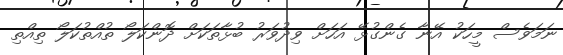
ނަމަވެސް މީހަކު އޭނާ ގެންގުޅޭ އަހަށް ވިދުވަރު ބުޅާތަކަށް ދޮންކަލޯ ތުއްތުކަލޯ ތިއްތި